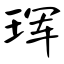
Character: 珲